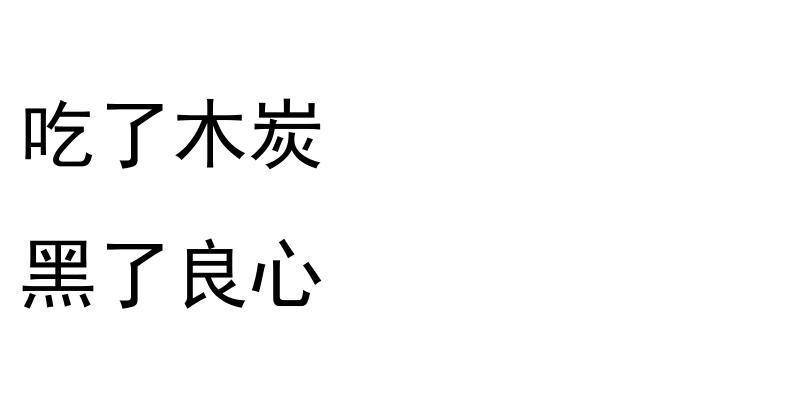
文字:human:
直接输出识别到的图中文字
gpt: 吃了木炭 黑了良心